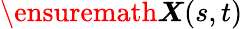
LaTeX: {\ensuremath\boldsymbol{X}}(s,t)